Annual report of the Imperial Bacteriologist
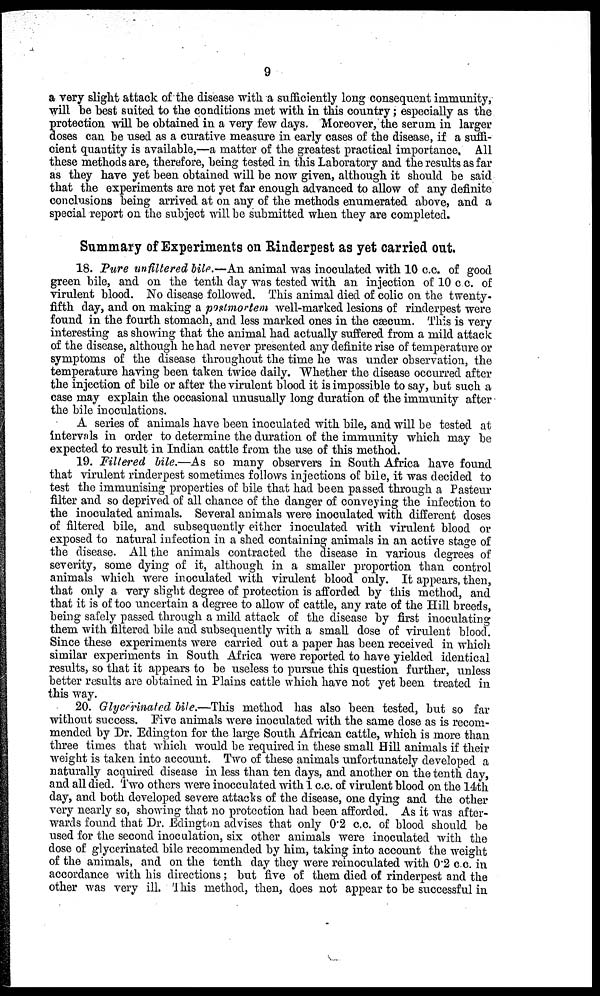
9
a very slight attack of the disease with a sufficiently long consequent immunity,
will be best suited to the conditions met with in this country; especially as the
protection will be obtained in a very few days. Moreover, the serum in larger
doses can be used as a curative measure in early cases of the disease, if a suffi-
cient quantity is available,—a matter of the greatest practical importance. All
these methods are, therefore, being tested in this Laboratory and the results as far
as they have yet been obtained will be now given, although it should be said
that the experiments are not yet far enough advanced to allow of any definite
conclusions being arrived at on any of the methods enumerated above, and a
special report on the subject will be submitted when they are completed.
Summary of Experiments on Rinderpest as yet carried out.
18. Pure unfiltered bile.—An animal was inoculated with 10 c.c. of good
green bile, and on the tenth day was tested with an injection of 10 c c. of
virulent blood. No disease followed. This animal died of colic on the twenty-
fifth day, and on making a postmortem well-marked lesions of rinderpest were
found in the fourth stomach, and less marked ones in the cæcum. This is very
interesting as showing that the animal had actually suffered from a mild attack
of the disease, although he had never presented any definite rise of temperature or
symptoms of the disease throughout the time he was under observation, the
temperature having been taken twice daily. Whether the disease occurred after
the injection of bile or after the virulent blood it is impossible to say, but such a
case may explain the occasional unusually long duration of the immunity after
the bile inoculations.
A series of animals have been inoculated with bile, and will be tested at
intervals in order to determine the duration of the immunity which may be
expected to result in Indian cattle from the use of this method.
19. Filtered bile.—As so many observers in South Africa have found
that virulent rinderpest sometimes follows injections of bile, it was decided to
test the immunising properties of bile that had been passed through a Pasteur
filter and so deprived of all chance of the danger of conveying the infection to
the inoculated animals. Several animals were inoculated with different doses
of filtered bile, and subsequently either inoculated with virulent blood or
exposed to natural infection in a shed containing animals in an active stage of
the disease. All the animals contracted the disease in various degrees of
severity, some dying of it, although in a smaller proportion than control
animals which were inoculated with virulent blood only. It appears, then,
that only a very slight degree of protection is afforded by this method, and
that it is of too uncertain a degree to allow of cattle, any rate of the Hill breeds,
being safely passed through a mild attack of the disease by first inoculating
them with filtered bile and subsequently with a small dose of virulent blood.
Since these experiments were carried out a paper has been received in which
similar experiments in South Africa were reported to have yielded identical
results, so that it appears to be useless to pursue this question further, unless
better results are obtained in Plains cattle which have not yet been treated in
this way.
20. Glycerinated bile.—This method has also been tested, but so far
without success. Five animals were inoculated with the same dose as is recom-
mended by Dr. Edington for the large South African cattle, which is more than
three times that which would be required in these small Hill animals if their
weight is taken into account. Two of these animals unfortunately developed a
naturally acquired disease in less than ten days, and another on the tenth day,
and all died. Two others were inocculated with 1 c.c. of virulent blood on the 14th
day, and both developed severe attacks of the disease, one dying and the other
very nearly so, showing that no protection had been afforded. As it was after-
wards found that Dr. Edington advises that only 0.2 c.c. of blood should be
used for the second inoculation, six other animals were inoculated with the
dose of glycerinated bile recommended by him, taking into account the weight
of the animals, and on the tenth day they were reinoculated with 0.2 c.c. in
accordance with his directions; but five of them died of rinderpest and the
other was very ill. This method, then, does not appear to be successful in